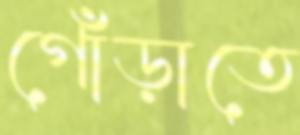
গোঁড়াতে